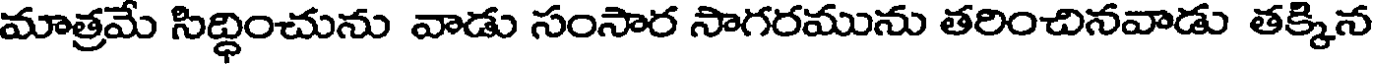
మాత్రమే సిద్ధించును వాడు సంసార సాగరమును తరించినవాడు తక్కిన